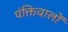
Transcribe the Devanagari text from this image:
पंक्तिवालों